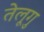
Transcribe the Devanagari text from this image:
तेलूगु